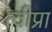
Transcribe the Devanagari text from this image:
त्वीप्रा